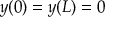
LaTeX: y ( 0 ) = y ( L ) = 0